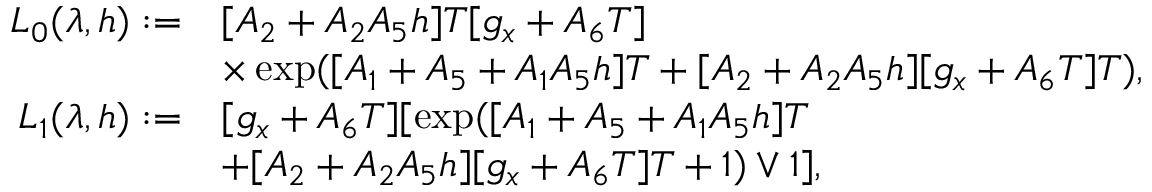
\begin{array} { r } { \begin{array} { r l } { L _ { 0 } ( \lambda , h ) : = } & { [ A _ { 2 } + A _ { 2 } A _ { 5 } h ] T [ g _ { x } + A _ { 6 } T ] } \\ & { \times \exp ( [ A _ { 1 } + A _ { 5 } + A _ { 1 } A _ { 5 } h ] T + [ A _ { 2 } + A _ { 2 } A _ { 5 } h ] [ g _ { x } + A _ { 6 } T ] T ) , } \\ { L _ { 1 } ( \lambda , h ) : = } & { [ g _ { x } + A _ { 6 } T ] [ \exp ( [ A _ { 1 } + A _ { 5 } + A _ { 1 } A _ { 5 } h ] T } \\ & { + [ A _ { 2 } + A _ { 2 } A _ { 5 } h ] [ g _ { x } + A _ { 6 } T ] T + 1 ) \vee 1 ] , } \end{array} } \end{array}